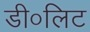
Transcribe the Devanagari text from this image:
डी०लिट